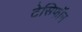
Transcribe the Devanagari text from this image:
टेसिफॉन